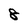
Character: 8